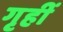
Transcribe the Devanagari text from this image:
गृहीं